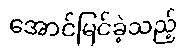
အောင်မြင်ခဲ့သည့်